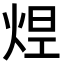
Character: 𤉊